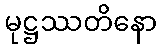
မုဋ္ဌဿတိနော